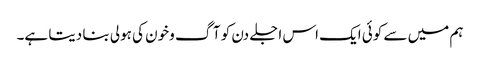
ہم میں سے کوئی ایک اس اجلے دن کو آگ وخون کی ہولی بنا دیتا ہے۔